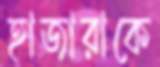
হাজারাকে